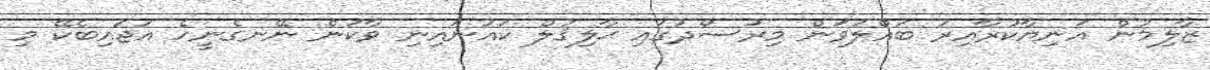
ޒާލިމުން އަނިޔާކުރާއިރު ބައްލަވަން މިރުސޯދުގައި ޙާލިޤުލް ކައުނައިނި ވާކަން ނޭނގެނީހެ އަޖައިބެކޭ މި